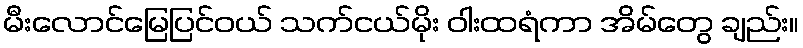
မီးလောင်မြေပြင်ဝယ် သက်ငယ်မိုး ဝါးထရံကာ အိမ်တွေ ချည်း။